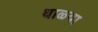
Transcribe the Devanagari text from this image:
थाळ्या